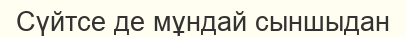
Сүйтсе де мұндай сыншыдан